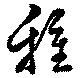
種